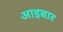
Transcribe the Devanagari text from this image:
आइबार